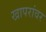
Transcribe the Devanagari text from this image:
खापरांवर